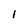
Character: l